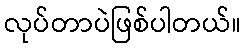
လုပ်တာပဲဖြစ်ပါတယ်။